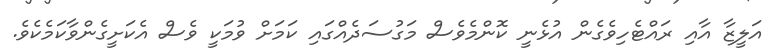
އަލީޒާ އާއި ރައްޓެހިވެގެން އުޅެނީ ކޮންމެވެސް މަގުސަދެއްގައި ކަމަށް ވުމަކީ ވެސް އެކަށީގެންވާކަމެކެވެ.